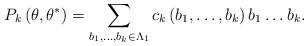
LaTeX: \begin{align*}P_{k}\left( \theta,\theta^{\ast}\right) =\sum_{b_{1},\dots,b_{k}\in\Lambda_{1}}c_{k}\left( b_{1},\dots,b_{k}\right) b_{1}\dots b_{k}.\end{align*}